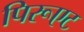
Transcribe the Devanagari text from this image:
पिरूएट